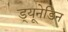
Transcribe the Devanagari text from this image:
ड्यूनेडिन